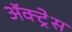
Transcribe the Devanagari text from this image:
ॲक्ट्रेस